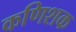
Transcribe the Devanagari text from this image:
कणिशक